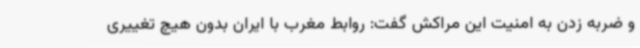
و ضربه زدن به امنیت این مراکش گفت: روابط مغرب با ایران بدون هیچ تغییری